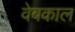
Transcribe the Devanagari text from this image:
वेबकाल